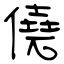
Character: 僥